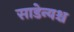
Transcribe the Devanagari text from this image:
साडेन्यश्च